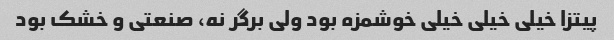
پیتزا خیلی خیلی خیلی خوشمزه بود ولی برگر نه، صنعتی و خشک بود